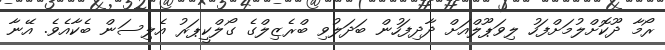
ރޯމާ ދޫކޮށްލުމަށްފަހު ލިވަޕޫލްއަށް ދާދިފަހުން ބަދަލުވި ބްރެޒިލްގެ ގޯލްކީޕަރު އެލިސަން ބެކާއެވެ. އޭނާ